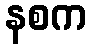
နစက